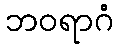
ဘဝရာဂံ